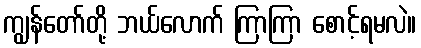
ကျွန်တော်တို့ ဘယ်လောက် ကြာကြာ စောင့်ရမလဲ။